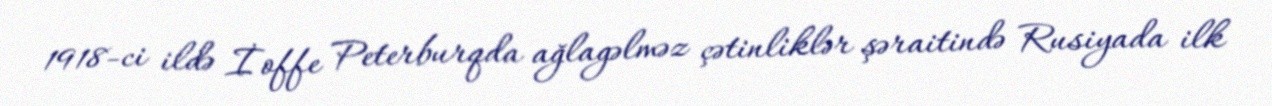
1918-ci ildə İoffe Peterburqda ağlagəlməz çətinliklər şəraitində Rusiyada ilk